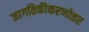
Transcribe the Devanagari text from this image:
जागतिकीकरणोत्तर